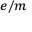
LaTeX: \scriptstyle { e / m }